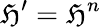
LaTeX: {\mathfrak{H}}^{\prime}={\mathfrak{H}}^{n}